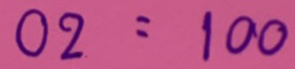
02 = 100